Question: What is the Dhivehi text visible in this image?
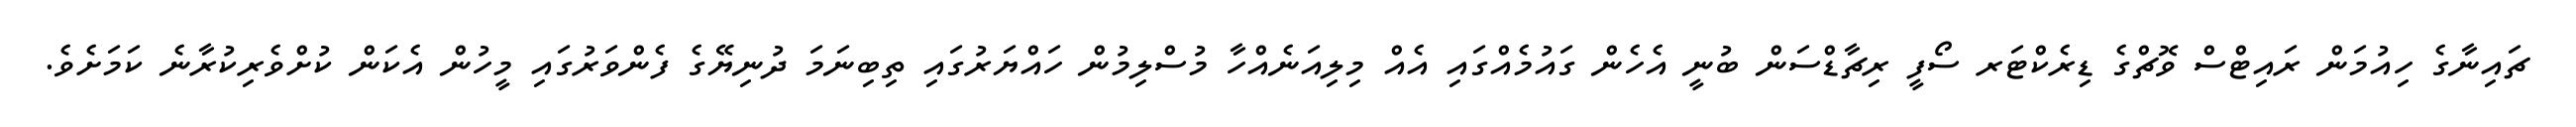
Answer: ޗައިނާގެ ހިއުމަން ރައިޓްސް ވޮޗްގެ ޑިރެކްޓަރ ސޯފީ ރިޗާޑްސަން ބުނީ އެހެން ގައުމެއްގައި އެއް މިލިއަނެއްހާ މުސްލިމުން ހައްޔަރުގައި ތިބިނަމަ ދުނިޔޭގެ ފެންވަރުގައި މީހުން އެކަން ކުށްވެރިކުރާނެ ކަމަށެވެ.